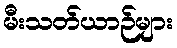
မီးသတ်ယာဉ်များ